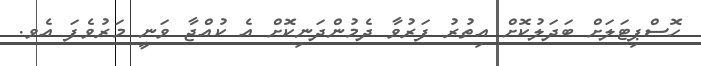
ހޮސްޕިޓަލަށް ބަދަލުކޮށް އިތުރު ފަރުވާ ދެމުންދަނިކޮށް އެ ކުއްޖާ ވަނީ މަރުވެފަ އެވ.